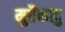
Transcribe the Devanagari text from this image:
मुत्तैकादु